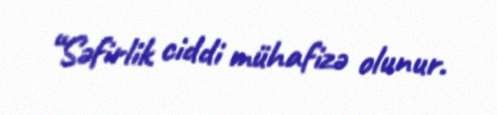
“Səfirlik ciddi mühafizə olunur.